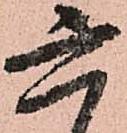
六